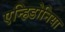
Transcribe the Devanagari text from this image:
एन्हिडोनिया